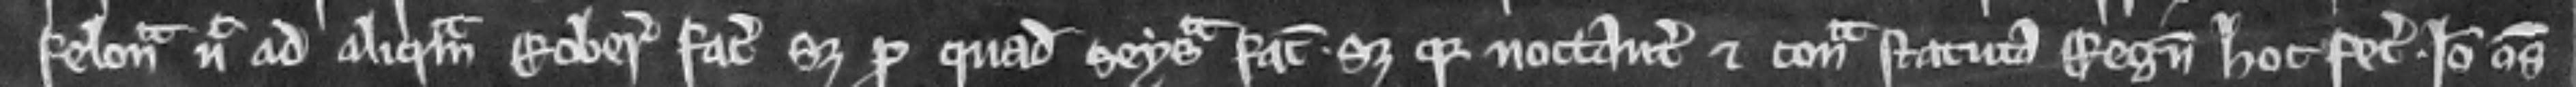
felonia nec ad aliquam roberiam faciendam set pro quadam seisina facienda. set quia noctanter et contra statuta Regni hoc fecerunt. Ideo omnes